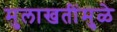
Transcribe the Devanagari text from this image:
मुलाखतींमुळे